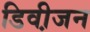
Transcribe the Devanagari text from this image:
डिवी़जन